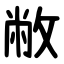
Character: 敝